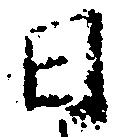
日